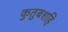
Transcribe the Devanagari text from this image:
कुतुबशहि